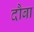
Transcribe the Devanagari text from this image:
दौबा